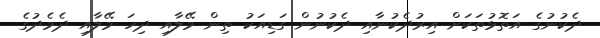
ދެކުނުގެ އަތޮޅުތަކަށް އިރުދެކުނާއި ދެކުނުން ގަޑިއަކު ތިން މޭލާއި ދިހަ މޭލާއި ދެމެދުގެ